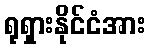
ရုရှားနိုင်ငံအား